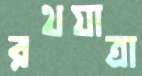
রথযাত্রা